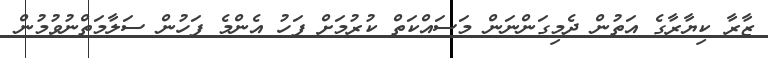
ޒާރާ ކިޔާރާގެ އަތުން ދެމިގަންނަން މަސައްކަތް ކުރުމަށް ފަހު އެންމެ ފަހުން ސަލާމަތްނުވުމުން